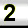
Digit: 2